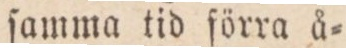
ſamma tid förra å=